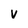
Character: V